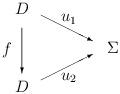
LaTeX: \begin{align*}\setlength{\unitlength}{0.4em}\begin{picture}(20,20)(0,10)\put(2,14){\makebox(0,0){$D$}}\put(2,26){\makebox(0,0){$D$}}\put(16,20){\makebox(0,0){$\Sigma$}}\put(5,25){\vector(2,-1){8}}\put(5,15){\vector(2,1){8}}\put(2,23){\vector(0,-1){7}}\put(-1,19){$f$}\put(8,24){$u_1$}\put(8,15){$u_2$}\end{picture}\end{align*}